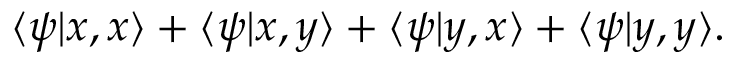
\langle \psi | x , x \rangle + \langle \psi | x , y \rangle + \langle \psi | y , x \rangle + \langle \psi | y , y \rangle .